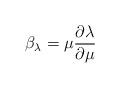
LaTeX: \begin{align*}\beta _{\lambda} = \mu {\partial \lambda \over \partial \mu}\end{align*}